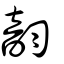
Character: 韵